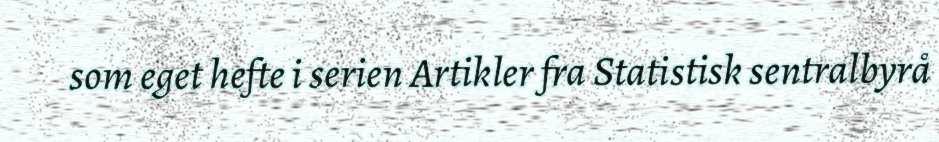
som eget hefte i serien Artikler fra Statistisk sentralbyrå